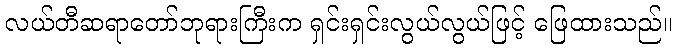
လယ်တီဆရာတော်ဘုရားကြီးက ရှင်းရှင်းလွယ်လွယ်ဖြင့် ဖြေထားသည်။